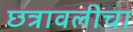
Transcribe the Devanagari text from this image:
छत्रावलीचा